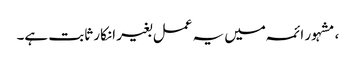
، مشہور ائمہ میں یہ عمل بغیر انکار ثابت ہے۔